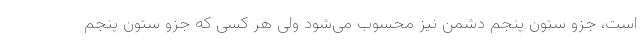
است، جزو ستون پنجم دشمن نیز محسوب می‌شود ولی هر کسی که جزو ستون پنجم